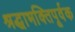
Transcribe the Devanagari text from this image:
श्रद्धाभक्तिपूर्वक